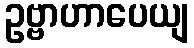
ဥဗ္ဗာဟာပေယျ